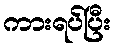
ကားရပ်ပြီး